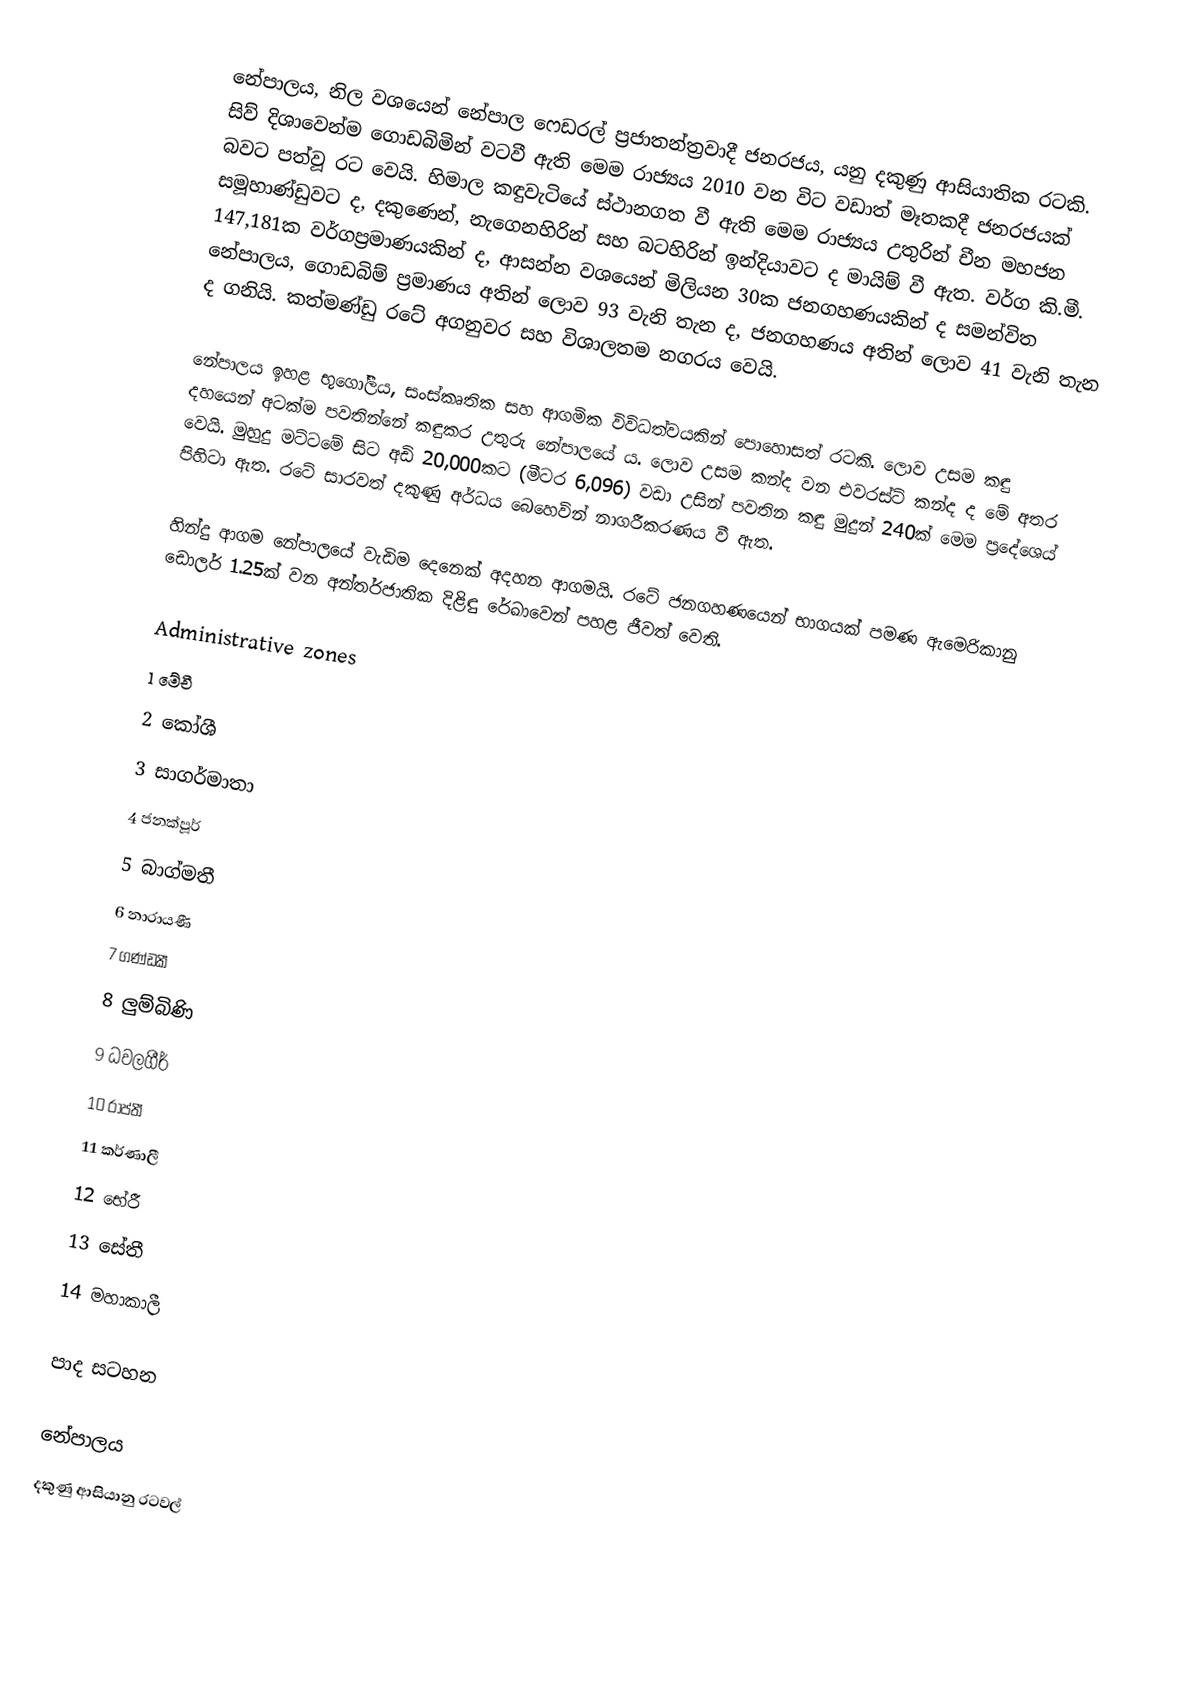
නේපාලය, නිල වශයෙන් නේපාල ෆෙඩරල් ප්‍රජාතන්ත්‍රවාදී ජනරජය, යනු දකුණු ආසියාතික රටකි. සිව් දිශාවෙන්ම ගොඩබිමින් වටවී ඇති මෙම රාජ්‍යය 2010 වන විට වඩාත් මෑතකදී ජනරජයක් බවට පත්වූ රට වෙයි. හිමාල කඳුවැටියේ ස්ථානගත වී ඇති මෙම රාජ්‍යය උතුරින් චීන මහජන සමූහාණ්ඩුවට ද, දකුණෙන්, නැගෙනහිරින් සහ බටහිරින් ඉන්දියාවට ද මායිම් වී ඇත. වර්ග කි.මී. 147,181ක වර්ගප්‍රමාණයකින් ද, ආසන්න වශයෙන් මිලියන 30ක ජනගහණයකින් ද සමන්විත නේපාලය, ගොඩබිම් ප්‍රමාණය අතින් ලොව 93 වැනි තැන ද, ජනගහණය අතින් ලොව 41 වැනි තැන ද ගනියි. කත්මණ්ඩු රටේ අගනුවර සහ විශාලතම නගරය වෙයි.

නේපාලය ඉහළ භූගෝලීය, සංස්කෘතික සහ ආගමික විවිධත්වයකින් පොහොසත් රටකි. ලොව උසම කඳු දහයෙන් අටක්ම පවතින්නේ කඳුකර උතුරු නේපාලයේ ය. ලොව උසම කන්ද වන එවරස්ට් කන්ද ද මේ අතර වෙයි. මුහුදු මට්ටමේ සිට අඩි 20,000කට (මීටර 6,096) වඩා උසින් පවතින කඳු මුදුන් 240ක් මෙම ප්‍රදේශෙය් පිහිටා ඇත. රටේ සාරවත් දකුණු අර්ධය බෙහෙවින් නාගරීකරණය වී ඇත.

හින්දු ආගම නේපාලයේ වැඩිම දෙනෙක් අදහන ආගමයි.  රටේ ජනගහණයෙන් භාගයක් පමණ ඇමෙරිකානු ඩොලර් 1.25ක් වන අන්තර්ජාතික දිළිඳු රේඛාවෙන් පහළ ජීවත් වෙති.

Administrative zones
1 මේචී
2 කෝශී
3 සාගර්මාතා
4 ජනක්පූර්
5 බාග්මතී
6 නාරායණී
7 ගණ්ඩකී
8 ලුම්බිණි
9 ධවලගීර්
10 රාප්තී
11 කර්ණාලී
12 භේරී
13 සේතී
14 මහාකාලී

පාද සටහන

නේපාලය
දකුණු ආසියානු රටවල්